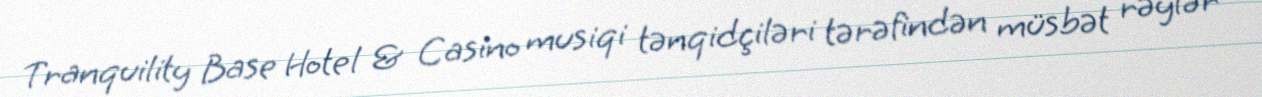
Tranquility Base Hotel & Casino musiqi tənqidçiləri tərəfindən müsbət rəylər